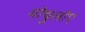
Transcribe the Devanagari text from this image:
मोथुलोए